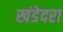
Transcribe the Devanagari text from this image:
खंडेदरा